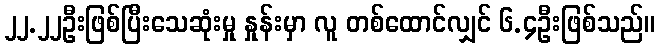
၂၂.၂၂ဦးဖြစ်ပြီးသေဆုံးမှု နှုန်းမှာ လူ တစ်ထောင်လျှင် ၆.၄ဦးဖြစ်သည်။